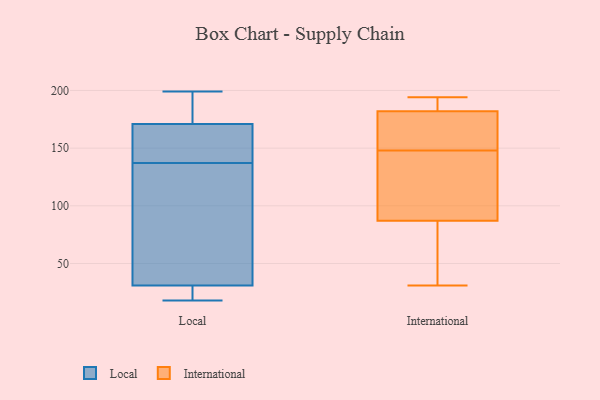
{"axis": {"x": "LTV (USD)", "y": "Value"}, "legend": ["International", "Local"], "data": [{"x": "", "y": 18, "type": "Local"}, {"x": "", "y": 31, "type": "Local"}, {"x": "", "y": 198, "type": "Local"}, {"x": "", "y": 160, "type": "Local"}, {"x": "", "y": 28, "type": "Local"}, {"x": "", "y": 50, "type": "Local"}, {"x": "", "y": 169, "type": "Local"}, {"x": "", "y": 199, "type": "Local"}, {"x": "", "y": 114, "type": "Local"}, {"x": "", "y": 171, "type": "Local"}, {"x": "", "y": 180, "type": "International"}, {"x": "", "y": 110, "type": "International"}, {"x": "", "y": 180, "type": "International"}, {"x": "", "y": 31, "type": "International"}, {"x": "", "y": 157, "type": "International"}, {"x": "", "y": 182, "type": "International"}, {"x": "", "y": 91, "type": "International"}, {"x": "", "y": 31, "type": "International"}, {"x": "", "y": 41, "type": "International"}, {"x": "", "y": 194, "type": "International"}, {"x": "", "y": 183, "type": "International"}, {"x": "", "y": 87, "type": "International"}, {"x": "", "y": 139, "type": "International"}, {"x": "", "y": 182, "type": "International"}]}